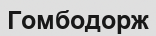
Гомбодорж